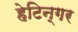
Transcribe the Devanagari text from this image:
हेटिन्गर